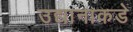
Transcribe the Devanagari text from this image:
उद्यानाकडे